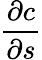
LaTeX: \frac{\partial c}{\partial s}